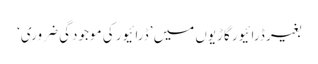
بغیر ڈرائیور گاڑیوں میں ’ڈرائیور کی موجودگی ضروری‘